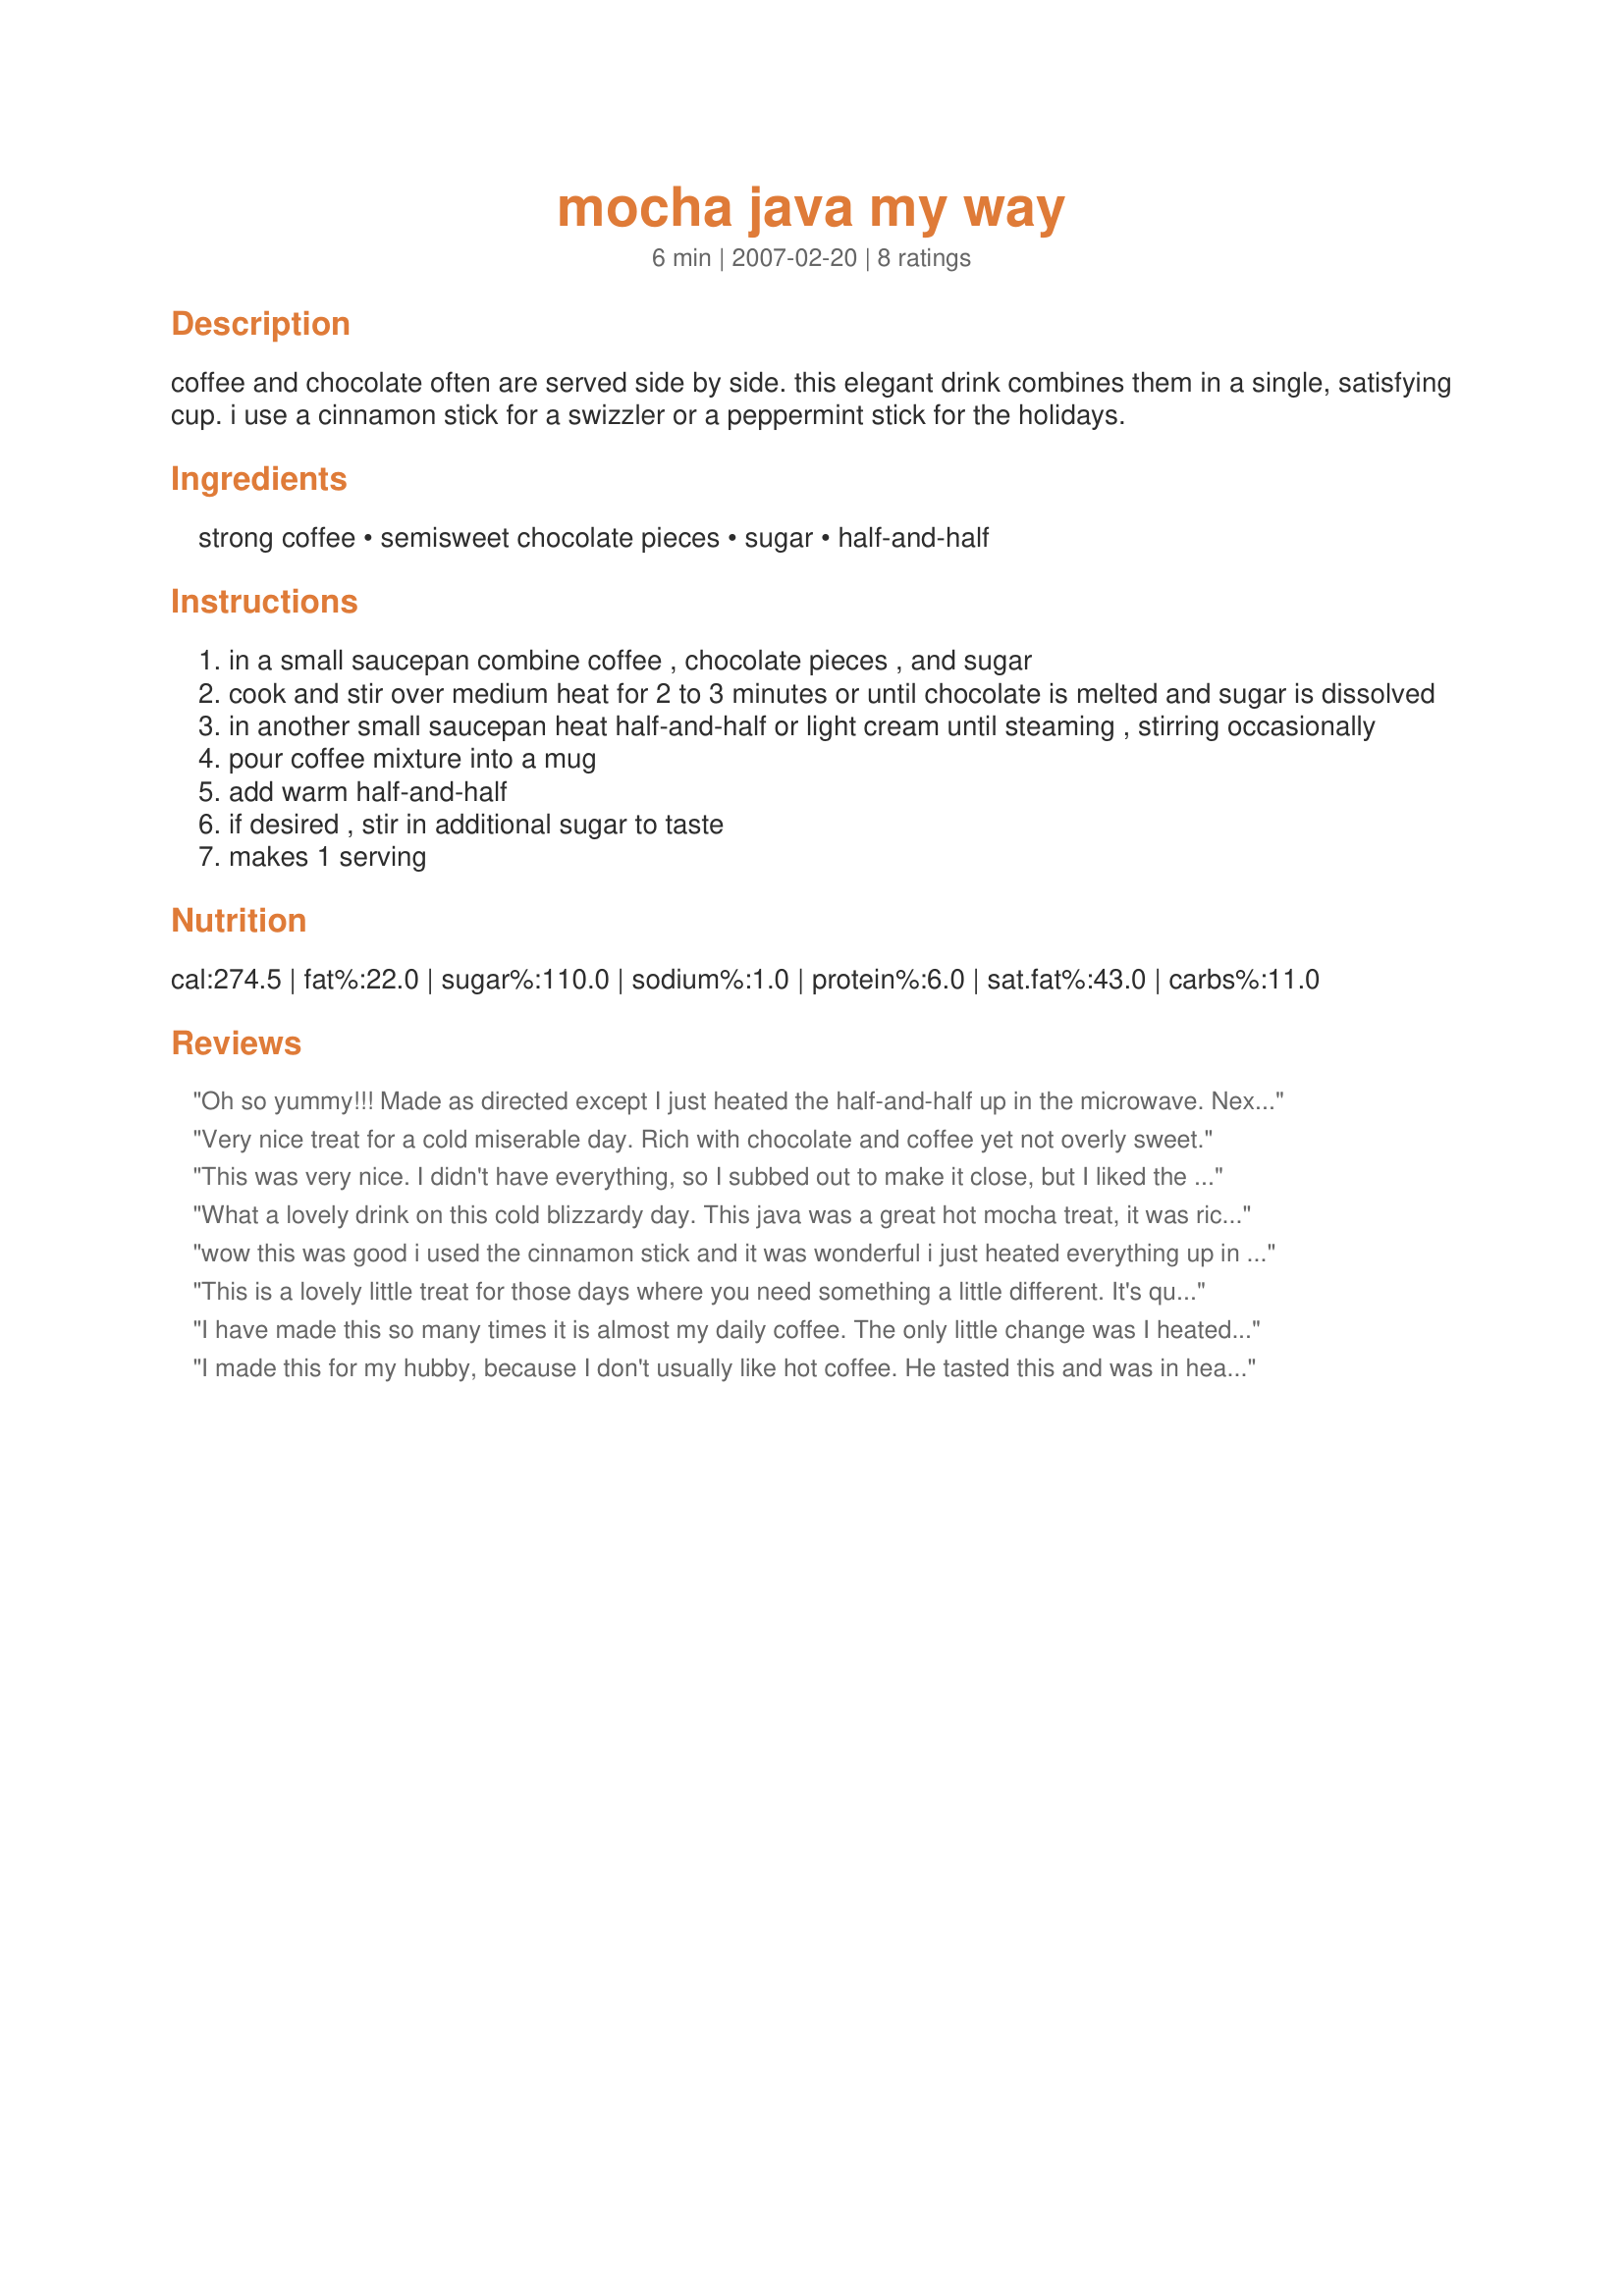
mocha java my way
Preparation time: 6 minutes

coffee and chocolate often are served side by side. this elegant drink combines them in a single, satisfying cup. i use a cinnamon stick for a swizzler or a peppermint stick for the holidays.

Ingredients:
strong coffee, semisweet chocolate pieces, sugar, half-and-half

Steps:
in a small saucepan combine coffee , chocolate pieces , and sugar
cook and stir over medium heat for 2 to 3 minutes or until chocolate is melted and sugar is dissolved
in another small saucepan heat half-and-half or light cream until steaming , stirring occasionally
pour coffee mixture into a mug
add warm half-and-half
if desired , stir in additional sugar to taste
makes 1 serving

Reviews:
Oh so yummy!!! Made as directed except I just heated the half-and-half up in the microwave. Next time I think I would cut back on the sugar for my taste, as the chocolate is already sweet. Thanks Annacia for a wonderful morning treat!!!!
Very nice treat for a cold miserable day. Rich with chocolate and coffee yet not overly sweet.
This was very nice. I didn't have everything, so I subbed out to make it close, but I liked the procedure, and I will probably mess around with this until I find the perfect Mocha Java MY Way. :)
What a lovely drink on this cold blizzardy day. This java was a great hot mocha treat, it was rich thick, smooth and comforting. I garnished mine with a crushed mini candy cane. It looked pretty and blended well. Thanks for sharing Coffee Queen.
wow this was good i used the cinnamon stick and it was wonderful i just heated everything up in microwave 2 minutes ...done
This is a lovely little treat for those days where you need something a little different. It's quick, easy and delicious! Thanks for such a wonderful treat!
I have made this so many times it is almost my daily coffee. The only little change was I heated the half-n-half in the microwave - so simpler. I use sweet 'n low for the sugar. Absolutely delicious and what a treat for an evening coffee. Thanks for sharing with us all Annacia.
I made this for my hubby, because I don't usually like hot coffee. He tasted this and was in heaven, so I had a couple of sips. This is delicious! I could drink this any day of the week. The coffee just enhances the wonderful taste of the chocolate, giving it an amazing depth of flavor. It is very rich, yummy and easy. Thanks, Annacia! :-)
